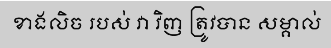
ខាងលិច របស់ វា វិញ ត្រូវបាន សម្គាល់